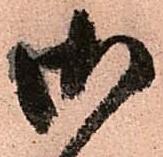
御